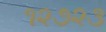
૧૨૭૨૩